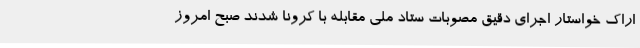
اراک خواستار اجرای دقیق مصوبات ستاد ملی مقابله با کرونا شدند صبح امروز